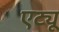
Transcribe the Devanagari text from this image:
एट्यू